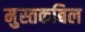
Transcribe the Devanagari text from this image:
मुस्तकबिल